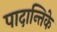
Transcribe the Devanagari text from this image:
पादान्तिके